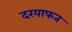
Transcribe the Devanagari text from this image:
दरयाफत